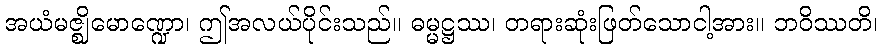
အယံမဇ္ဈိမောဏ္ဍော၊ ဤအလယ်ပိုင်းသည်။ ဓမ္မဋ္ဌဿ၊ တရားဆုံးဖြတ်သောငါ့အား။ ဘဝိဿတိ၊